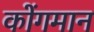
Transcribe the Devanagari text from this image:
कोंगमान